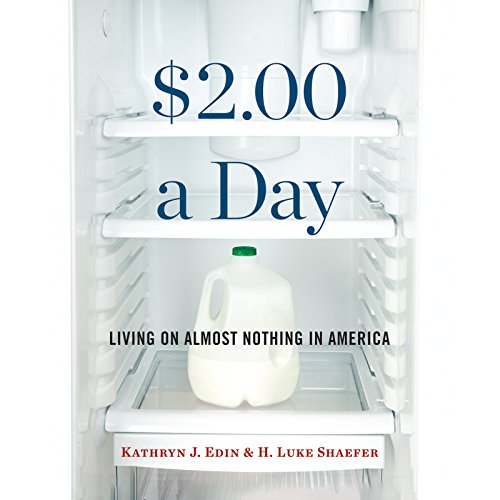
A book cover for $2.00 a Day: Living on Almost Nothing in America; Kathryn J. Edin; Business & Money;